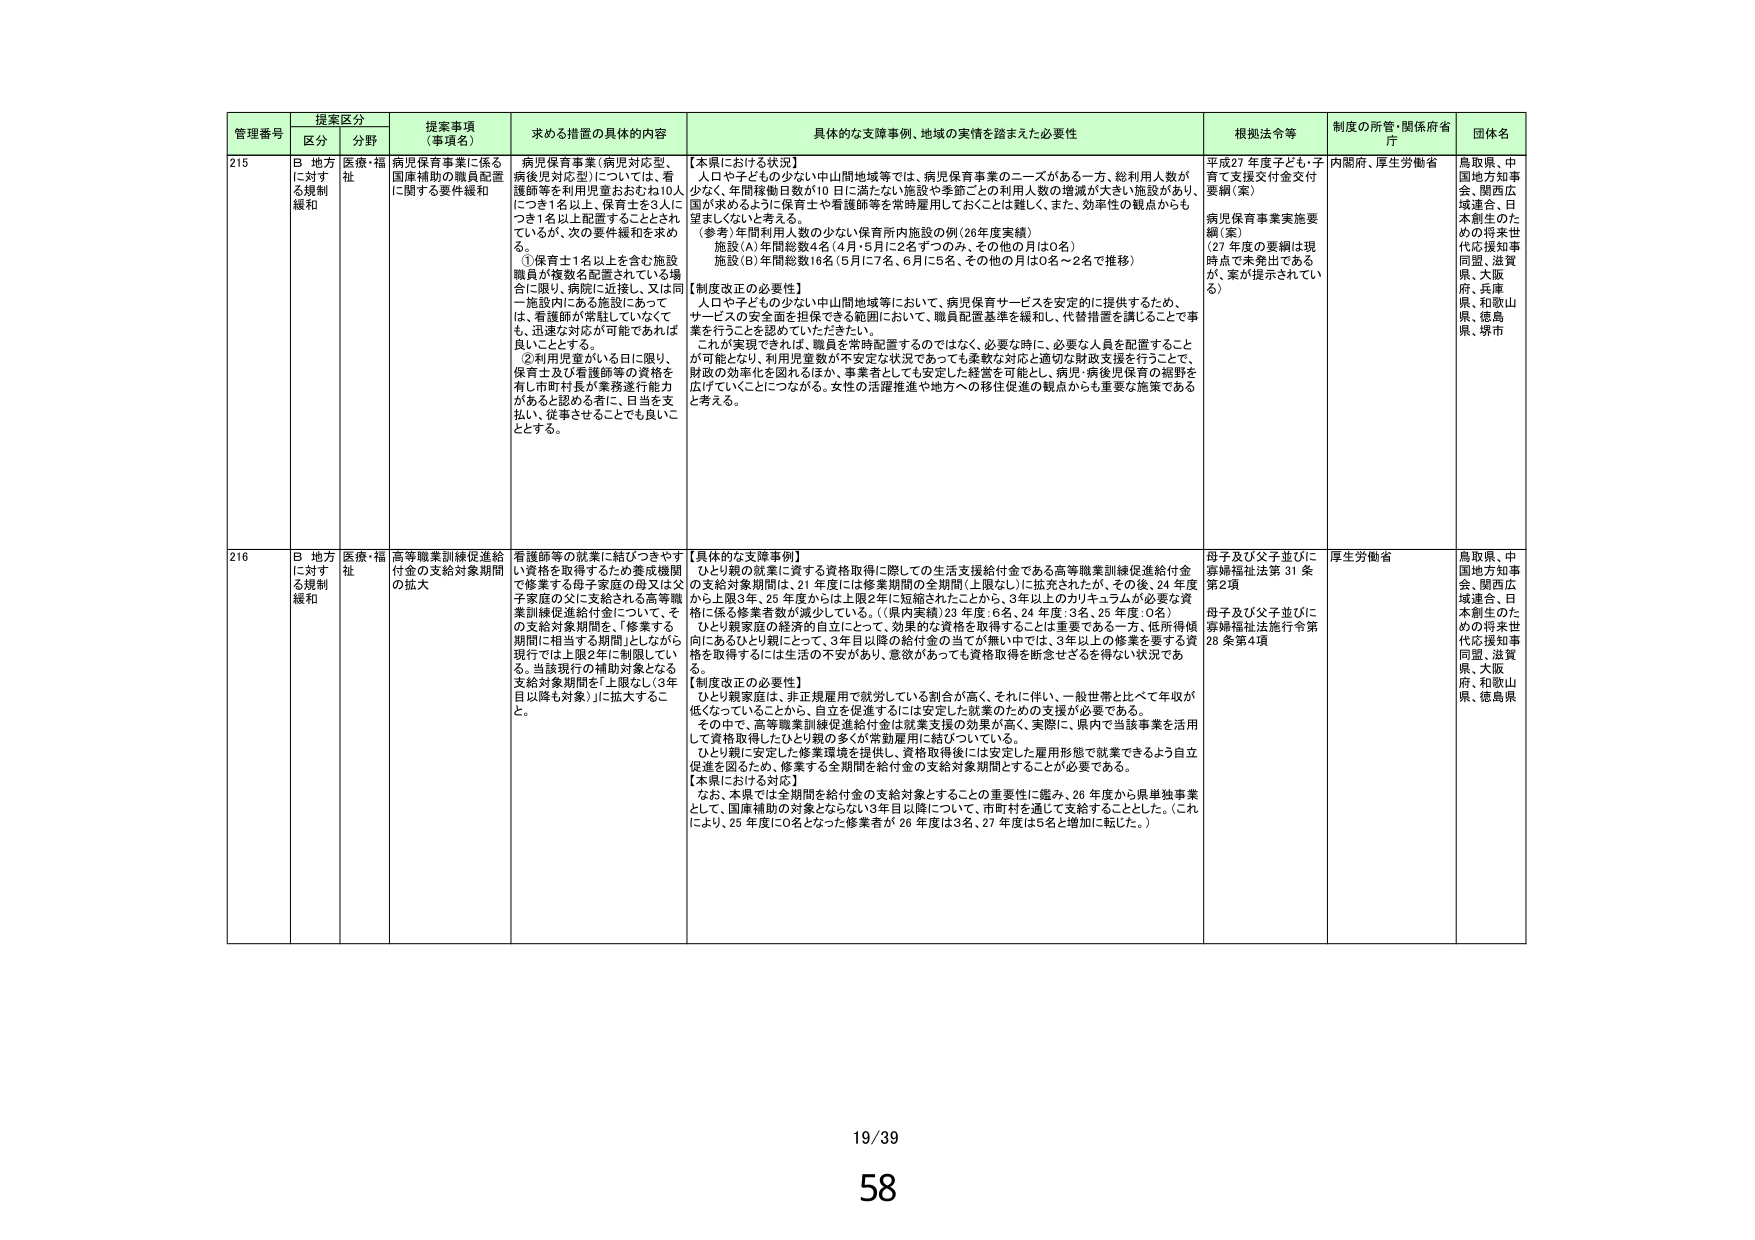
管理番号 提案区分 提案事項（事項名） 求める措置の具体的内容 具体的な支援事例、地域の実情を踏まえた必要性 根拠法令等 制度の所管・関係府省庁 団体名
区分 分野
215 B 地方に対する規制緩和 医療・福祉 病児保育事業に係る国庫補助の職員配置に関する要件緩和 病児保育事業（病児対応型、病児児対応型）については、看護師等を利用児童おおむね10人につき1名以上、保育士を2人につき1名以上配置することとされているが、次の要件緩和を求める。
①保育士1名以上を含む施設職員が複数名配置されている場合に限り、病院に近接し、又は同一施設内にある施設にあっては、看護師が常駐していなくても、迅速な対応が可能であれば良いこととする。
②利用児童がいる日に限り、保育士及び看護師等の資格を有し市町村長が業務遂行能力があると認める者に、日当を支払い、従事させることでも良いこととする。 【本県における状況】
人口や子どもの少ない中山間地域等では、病児保育事業のニーズがある一方、総利用人数が少なく、年間稼働日数が10日に満たない施設や季節ごとの利用人数の増減が大きい施設があり、国が求めるように保育士や看護師等を常時雇用しておくことは難しく、また、効率性の観点からも望ましくないと考える。
（参考）年間利用人数の少ない保育所内施設の例（26年度実績）
施設（A）年間総数4名（4月・5月に2名ずつのみ、その他の月は0名）
施設（B）年間総数16名（5月に7名、6月に5名、その他の月は0名～2名で推移）
【制度改正の必要性】
人口や子どもの少ない中山間地域等において、病児保育サービスを安定的に提供するため、サービスの安全面を担保できる範囲において、職員配置基準を緩和し、代替措置を講じることで事業を行うことを認めていたい。
これが実現できれば、職員を常時配置するのではなく、必要な時に、必要な人員を配置することが可能となり、利用児童数が不安定な状況であっても柔軟な対応と適切な財政支援を行うことで、財政の効率化を図れるほか、事業者としても安定した経営を可能とし、病児・病後児保育の裾野を広げていくことにつながる。女性の活躍推進や地方への移住促進の観点からも重要な施策であると考える。 平成27年度子ども・子育て支援交付金交付要綱（案）
病児保育事業実施要綱（案）
（27年度の要綱は現時点で未発出であるが、案が提示されている） 内閣府、厚生労働省 鳥取県、中国地方知事会、関西広域連合、日本創生のための将来世代応援知事同盟、滋賀県、大阪府、兵庫県、和歌山県、徳島県、堺市
216 B 地方に対する規制緩和 医療・福祉 高等職業訓練促進給付金の支給対象期間の拡大 看護師等の就業に結びつきやすい資格を取得するため養成機関で修業する母子家庭の母又は父子家庭の父に支給される高等職業訓練促進給付金について、その支給対象期間を、「修業する期間に相当する期間」としながら現行では上限2年に制限している。当該現行の補助対象となる支給対象期間を「上限なし（3年目以降も対象）」に拡大すること。 【具体的な支援事例】
ひとり親の就業に資する資格取得に際しての生活支援給付金である高等職業訓練促進給付金の支給対象期間は、21年度には修業期間の全期間（上限なし）に拡充されたが、その後、24年度から上限3年、25年度からは上限2年に短縮されたことから、3年以上のカリキュラムが必要な資格に係る修業者数が減少している。（県内実績）23年度：6名、24年度：3名、25年度：0名）
ひとり親家庭の経済的自立にとって、効果的な資格を取得することは重要である一方、低所得傾向にあるひとり親にとって、3年目以降の給付金の当てが無い中では、3年以上の修業を要する資格を取得するには生活の不安があり、意欲があっても資格取得を断念せざるを得ない状況である。
【制度改正の必要性】
ひとり親家庭は、非正規雇用で就労している割合が高く、それに伴い、一般世帯と比べて年収が低くなっていることから、自立を促進するには安定した就業のための支援が必要である。
その中で、高等職業訓練促進給付金は就業支援の効果が高く、実際に、県内で当該事業を活用して資格取得したひとり親の多くが常勤雇用に結びついている。
ひとり親に安定した修業環境を提供し、資格取得後には安定した雇用形態で就業できるよう自立促進を図るため、修業する全期間を給付金の支給対象期間とすることが必要である。
【本県における対応】
なお、本県では全期間を給付金の支給対象とすることの重要性に鑑み、26年度から県単独事業として、国庫補助の対象とならない3年目以降について、市町村を通じて支給することとした。（これにより、25年度に0名となった修業者が26年度は3名、27年度は5名と増加に転じた。） 母子及び父子並びに寡婦福祉法第31条第2項
母子及び父子並びに寡婦福祉法施行令第28条第4項 厚生労働省 鳥取県、中国地方知事会、関西広域連合、日本創生のための将来世代応援知事同盟、滋賀県、大阪府、和歌山県、徳島県
19/39
58